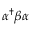
\alpha ^ { \dagger } \beta \alpha